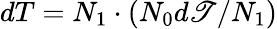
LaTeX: dT=N_{1}\cdot(N_{0}d\mathscr{T}/N_{1})